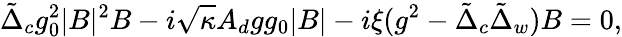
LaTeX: {\tilde{\Delta}_{c}}g_{0}^{2}|B|^{2}B-i\sqrt{\kappa}A_{d}gg_{0}|B|-i\xi(g^{2}-\tilde{\Delta}_{c}\tilde{\Delta}_{w})B=0,